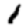
Digit: 1